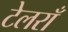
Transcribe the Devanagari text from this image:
टेलराँ